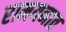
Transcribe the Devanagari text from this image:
रामयनात